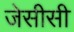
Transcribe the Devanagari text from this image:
जेसीसी